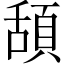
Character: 頢